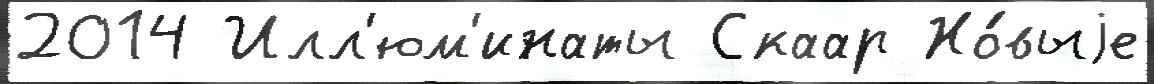
2014 Илл'юм'инаты Скаар Но́выjе